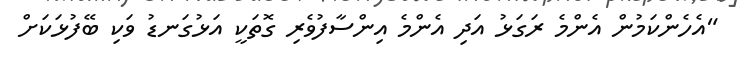
"އެހެންކަމުން އެންމެ ރަގަޅު އަދި އެންމެ އިންސާފުވެރި ގޮތަކީ އަޅުގަނޑު ވަކި ބޭފުޅަކަށް